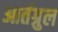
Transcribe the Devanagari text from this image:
आर्तग्रुल